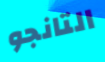
التانجو